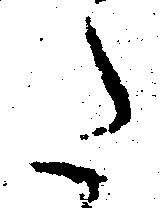
た